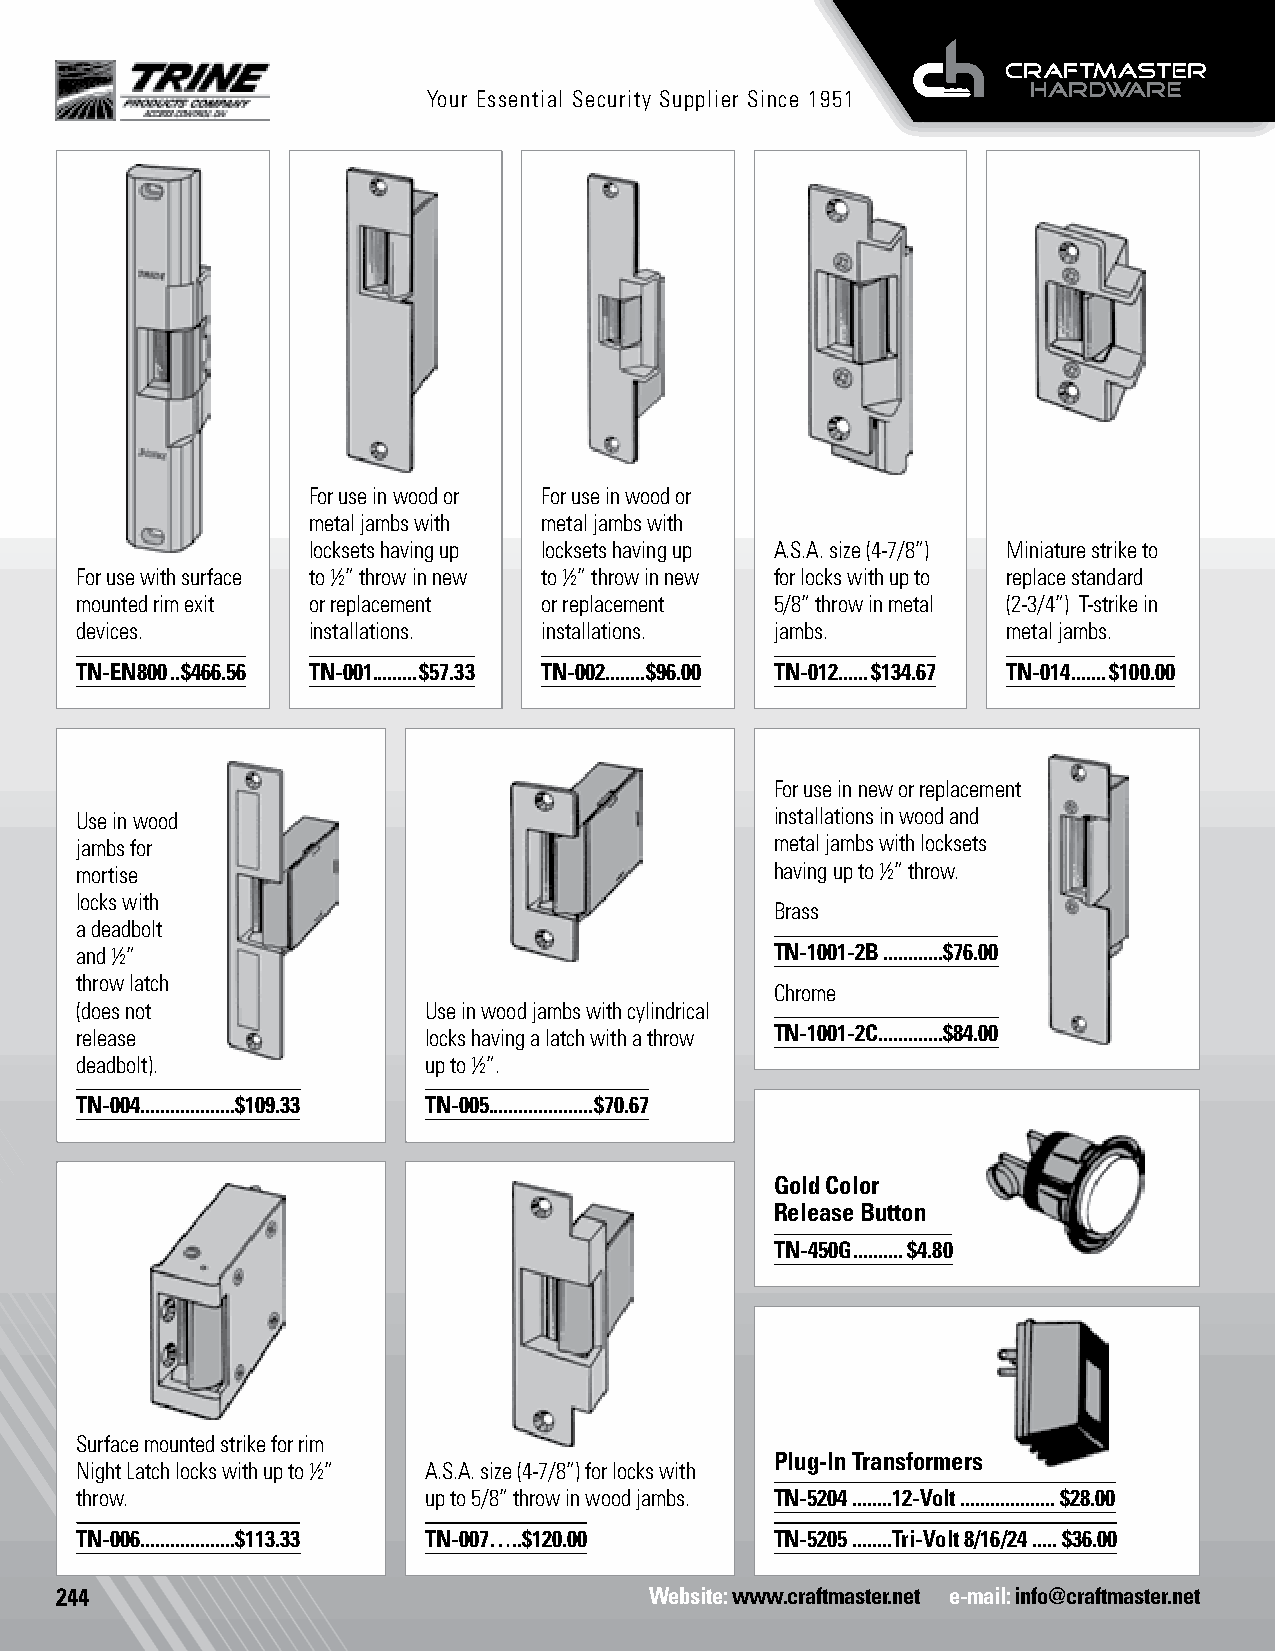
Electric Strikes
 Your Essential Security Supplier Since 1951
 For use in wood or For use in wood or
 metal jambs with metal jambs with
 locksets having up locksets having up A.S.A. size (4-7/8”) Miniature strike to
 For use with surface to ½” throw in new to ½” throw in new for locks with up to replace standard
 mounted rim exit or replacement or replacement 5/8” throw in metal (2-3/4”) T-strike in
 devices.       installations.  installations. jambs.          metal jambs.
 TN-EN800 ..$466.56 TN-001.........$57.33 TN-002........$96.00 TN-012 ......$134.67 TN-014 .......$100.00
 For use in new or replacement
 Use in wood                                   installations in wood and
 jambs for                                     metal jambs with locksets
 mortise                                       having up to ½” throw.
 locks with
 Brass
 a deadbolt
 and ½”                                        TN-1001-2B ............$76.00
 throw latch
 Chrome
 (does not              Use in wood jambs with cylindrical
 release                locks having a latch with a throw TN-1001-2C.............$84.00
 deadbolt).             up to ½”.
 TN-004...................$109.33 TN-005.....................$70.67
 Gold Color
 Release Button
 TN-450G ..........$4.80
 Surface mounted strike for rim
 Plug-In Transformers
 Night Latch locks with up to ½” A.S.A. size (4-7/8”) for locks with
 throw.                 up to 5/8” throw in wood jambs. TN-5204 ........12-Volt ................... $28.00
 TN-006...................$113.33 TN-007…..$120.00 TN-5205 ........Tri-Volt 8/16/24 ..... $36.00
 244                                    Website: www.craftmaster.net e-mail: info@craftmaster.net